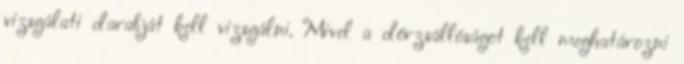
vizsgálati darabját kell vizsgálni. Mivel a dörzsállóságot kell meghatározni